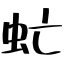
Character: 虻